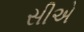
સીએ